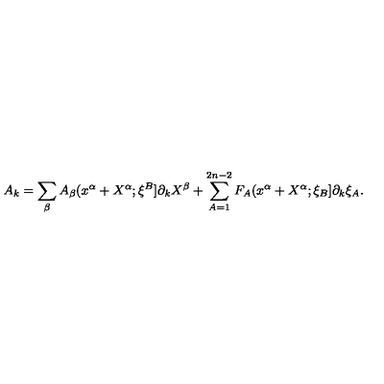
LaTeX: A _ { k } = \sum _ { \beta } A _ { \beta } ( x ^ { \alpha } + X ^ { \alpha } ; \xi ^ { B } ] \partial _ { k } X ^ { \beta } + \sum _ { A = 1 } ^ { 2 n - 2 } F _ { A } ( x ^ { \alpha } + X ^ { \alpha } ; \xi _ { B } ] \partial _ { k } \xi _ { A } .